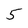
Character: 5